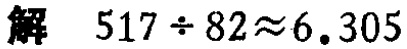
解 \(517\div82\approx6.305\)